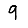
Digit: 9